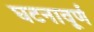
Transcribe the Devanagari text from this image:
घटनावूर्ण